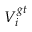
V _ { i } ^ { g t }